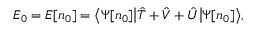
E _ { 0 } = E [ n _ { 0 } ] = { \big \langle } \Psi [ n _ { 0 } ] { \big | } { \hat { T } } + { \hat { V } } + { \hat { U } } { \big | } \Psi [ n _ { 0 } ] { \big \rangle } ,